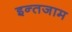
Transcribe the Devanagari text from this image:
इन्‍तजाम